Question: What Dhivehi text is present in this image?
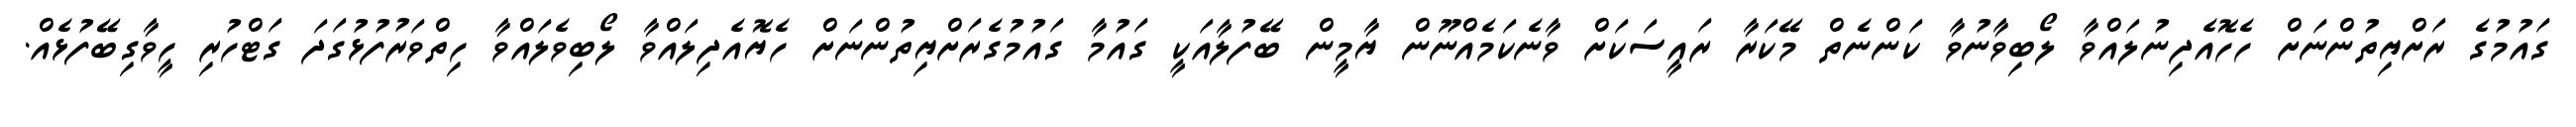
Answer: ގައުމުގެ ރަށްޔިތުންނަށް ހެހޮއެދިނުލައްވާ ލޯބިވާނުވާ ކަންނެތް މޭކަރާ ރައީސަކަށް ވާނެކަމެއްނޫން ޔާމީން ބޭފުލާއަކީ ގައުމާ ގައުމުގެރަށްޔިތުންނަށް ހެޔޮއެދިލައްވާ ލޯބިވެލައްވާ ހިތްވަރުފުޅުގަދަ ގަޓްހުރި ހީވާގިބޭފުޅެއް.